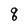
Character: q